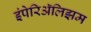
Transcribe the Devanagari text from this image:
इंपेरिॲलिझम